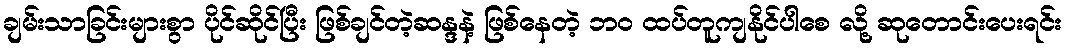
ချမ်းသာခြင်းများစွာ ပိုင်ဆိုင်ပြီး ဖြစ်ချင်တဲ့ဆန္ဒနဲ့ ဖြစ်နေတဲ့ ဘ၀ ထပ်တူကျနိုင်ပါစေ လို့ ဆုတောင်းပေးရင်း